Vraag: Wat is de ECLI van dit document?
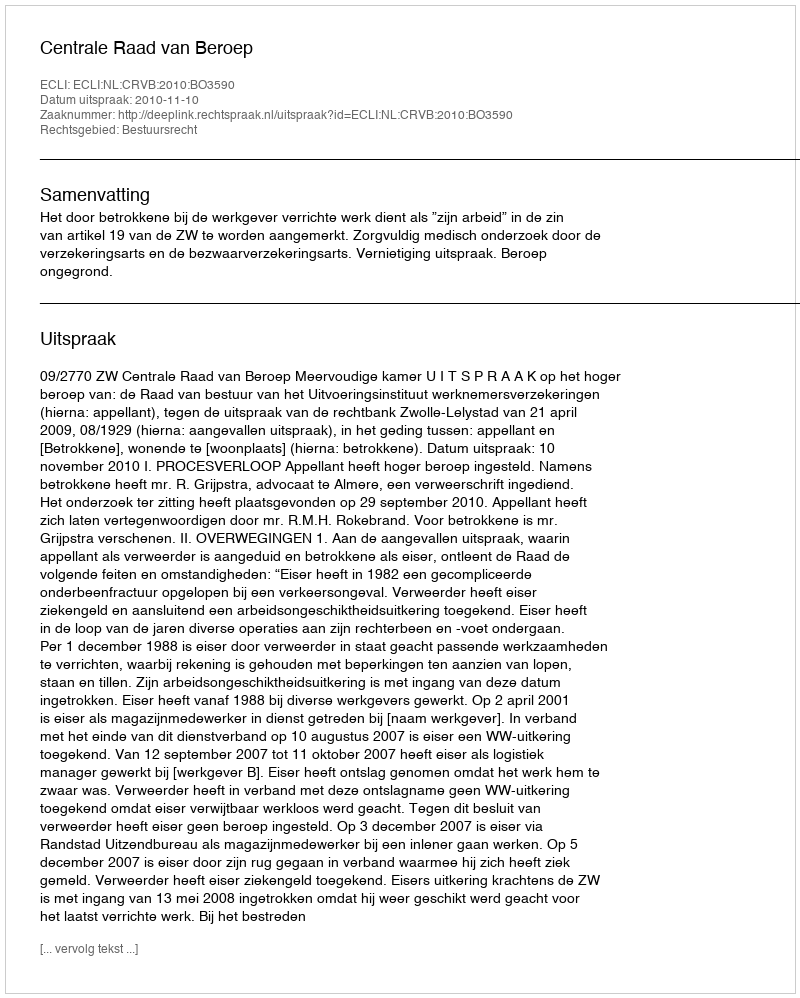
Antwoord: ECLI:NL:CRVB:2010:BO3590